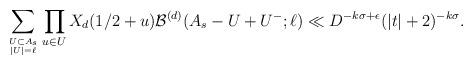
LaTeX: \begin{align*}\sum_{U \subset A_s \atop |U| = \ell} \prod_{u\in U} X_d(1/2+u) \mathcal{B}^{(d)}(A_s - U + U^{-};\ell) \ll D^{-k\sigma+\epsilon} (|t|+2)^{-k\sigma}.\end{align*}